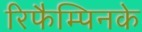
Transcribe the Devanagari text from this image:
रिफैम्पिनके